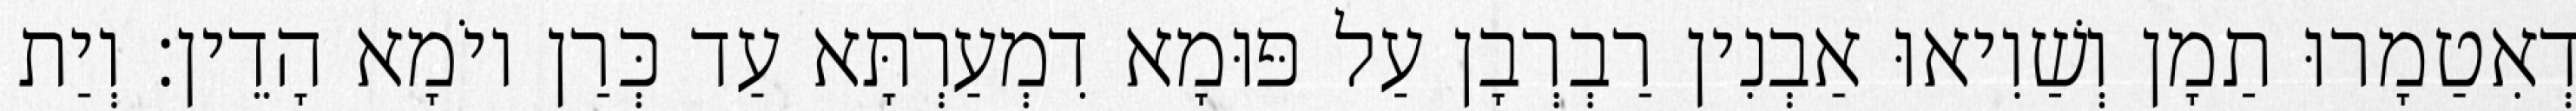
דְאִטַמָרוּ תַמָן וְשַׁוִיאוּ אַבְנִין רַבְרְבָן עַל פּוּמָא דִמְעַרְתָּא עַד כְּרַן יוֹמָא הָדֵין׃ וְיַת